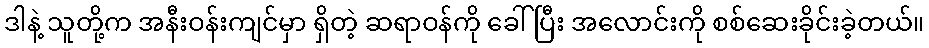
ဒါနဲ့ သူတို့က အနီးဝန်းကျင်မှာ ရှိတဲ့ ဆရာဝန်ကို ခေါ်ပြီး အလောင်းကို စစ်ဆေးခိုင်းခဲ့တယ်။